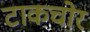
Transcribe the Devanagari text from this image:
टाकचोर